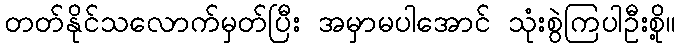
တတ်နိုင်သလောက်မှတ်ပြီး အမှာမပါအောင် သုံးစွဲကြပါဦးစို့။